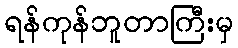
ရန်ကုန်ဘူတာကြီးမှ